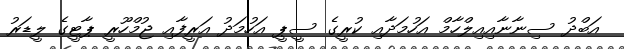
އަބްދު ސިނާނާއިއިލްހާމް އަހުމަދާއި ކުރީގެ ސީޕީ އަހުމަދު އަރީފާއި ޖުމްހޫރީ ޕާޓީގެ ލީޑަރު